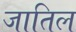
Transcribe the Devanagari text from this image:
जातिल